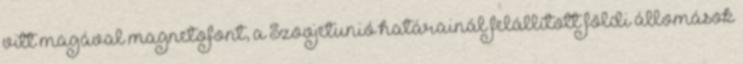
vitt magával magnetofont, a Szovjetunió határainál felállított földi állomások